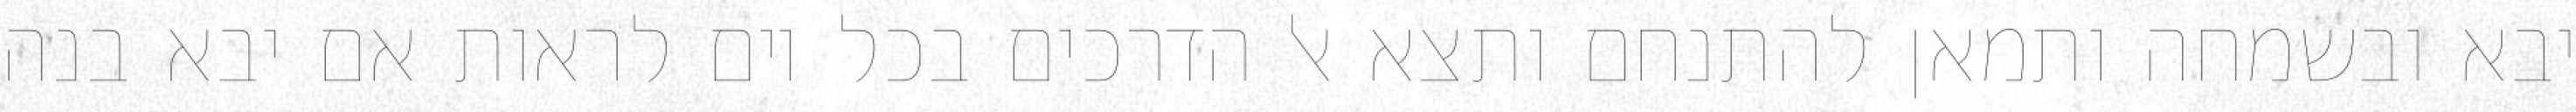
יבא ובשמחה ותמאן להתנחם ותצא אל הדרכים בכל יום לראות אם יבא בנה